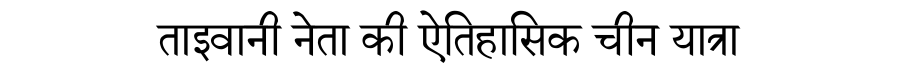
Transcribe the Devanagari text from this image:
ताइवानी नेता की ऐतिहासिक चीन यात्रा